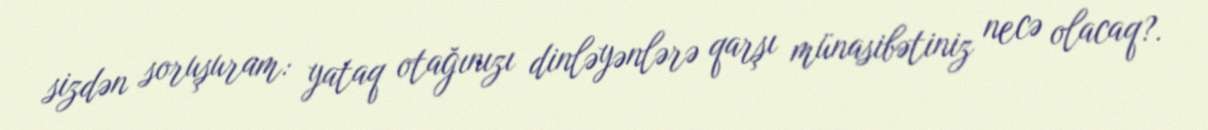
sizdən soruşuram: yataq otağınızı dinləyənlərə qarşı münasibətiniz necə olacaq?.